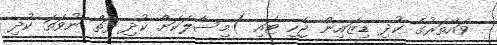
ވައްތަރުގެ ކުދި ޑިޒައިން ޖެހި ޓައި )މިސާލަކަށް ކުދި ފަތް ނުވަތަ ކުދި